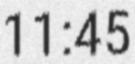
11:45